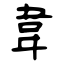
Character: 韋